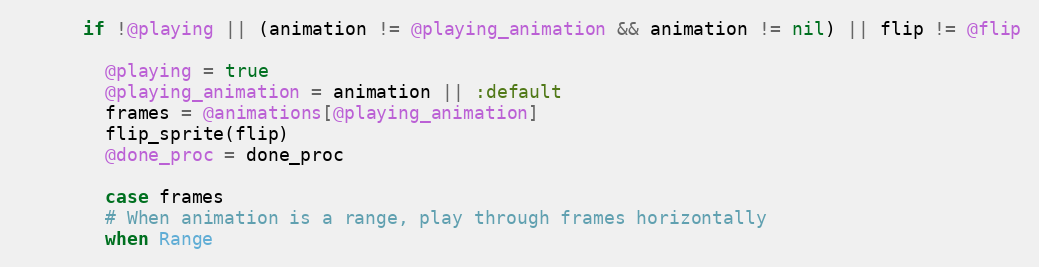
Language: Ruby
      if !@playing || (animation != @playing_animation && animation != nil) || flip != @flip

        @playing = true
        @playing_animation = animation || :default
        frames = @animations[@playing_animation]
        flip_sprite(flip)
        @done_proc = done_proc

        case frames
        # When animation is a range, play through frames horizontally
        when Range